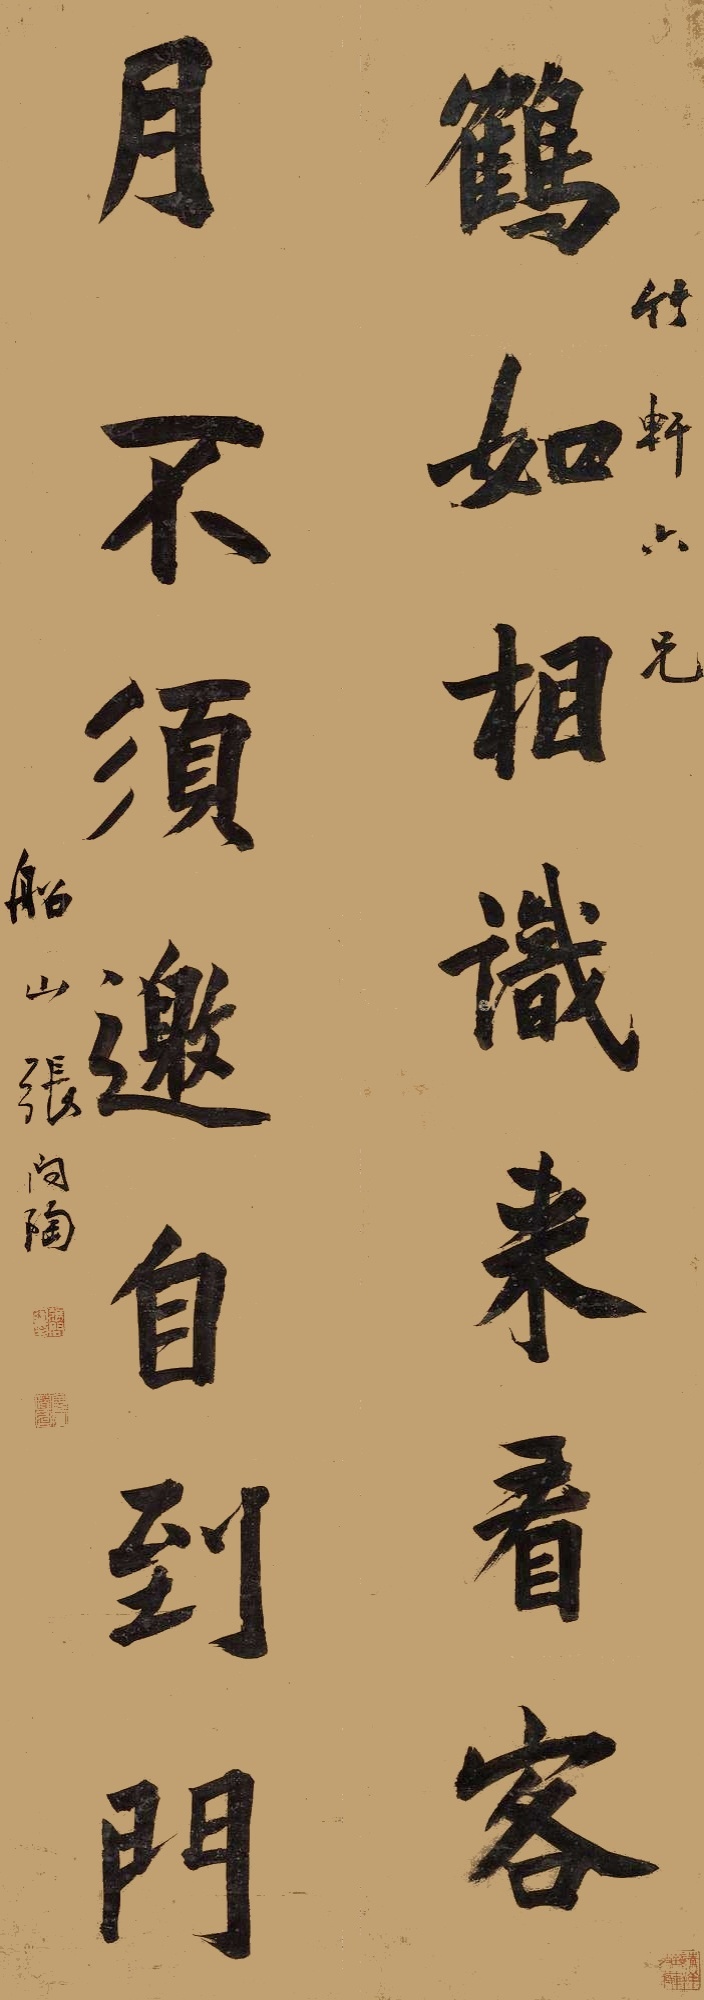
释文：鹤如相识来看客，月不须邀自到门。竹轩六兄，船山张问陶。